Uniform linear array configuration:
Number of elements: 24
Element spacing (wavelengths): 1
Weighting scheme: hann
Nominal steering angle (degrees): -60
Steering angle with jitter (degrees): -60.861
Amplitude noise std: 0.05
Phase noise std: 0.05

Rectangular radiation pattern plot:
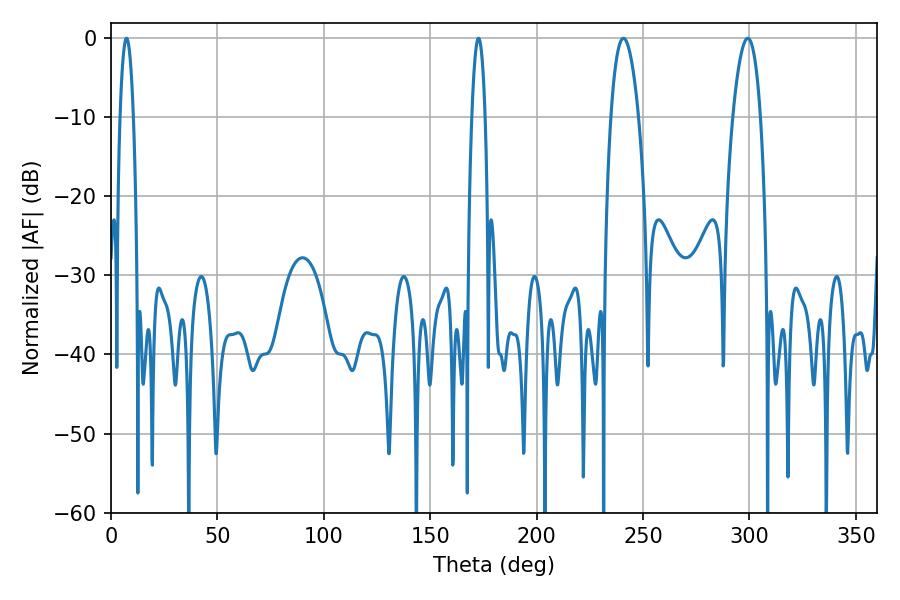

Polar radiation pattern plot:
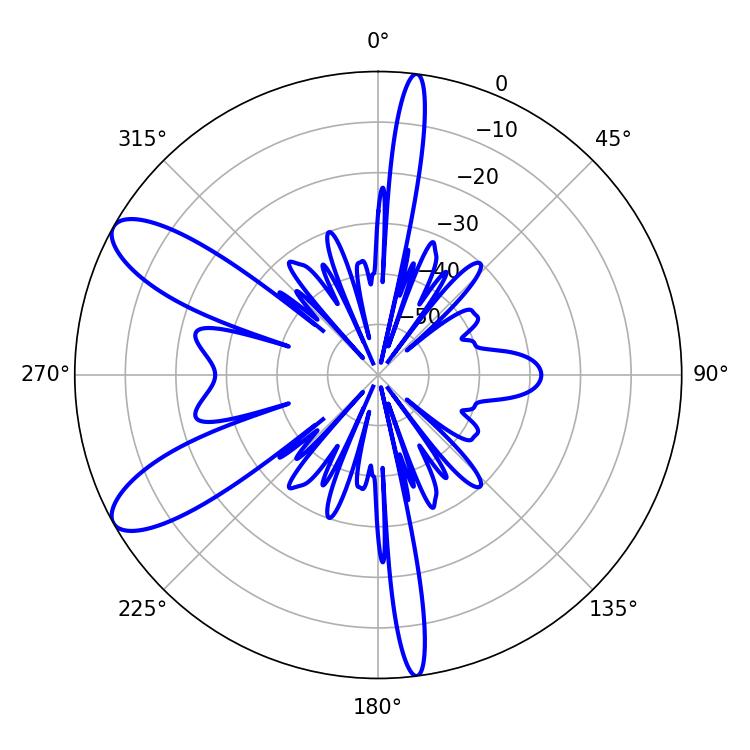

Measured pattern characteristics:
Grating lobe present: TRUE
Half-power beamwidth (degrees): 7.2
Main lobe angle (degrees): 240.84